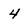
Character: 4